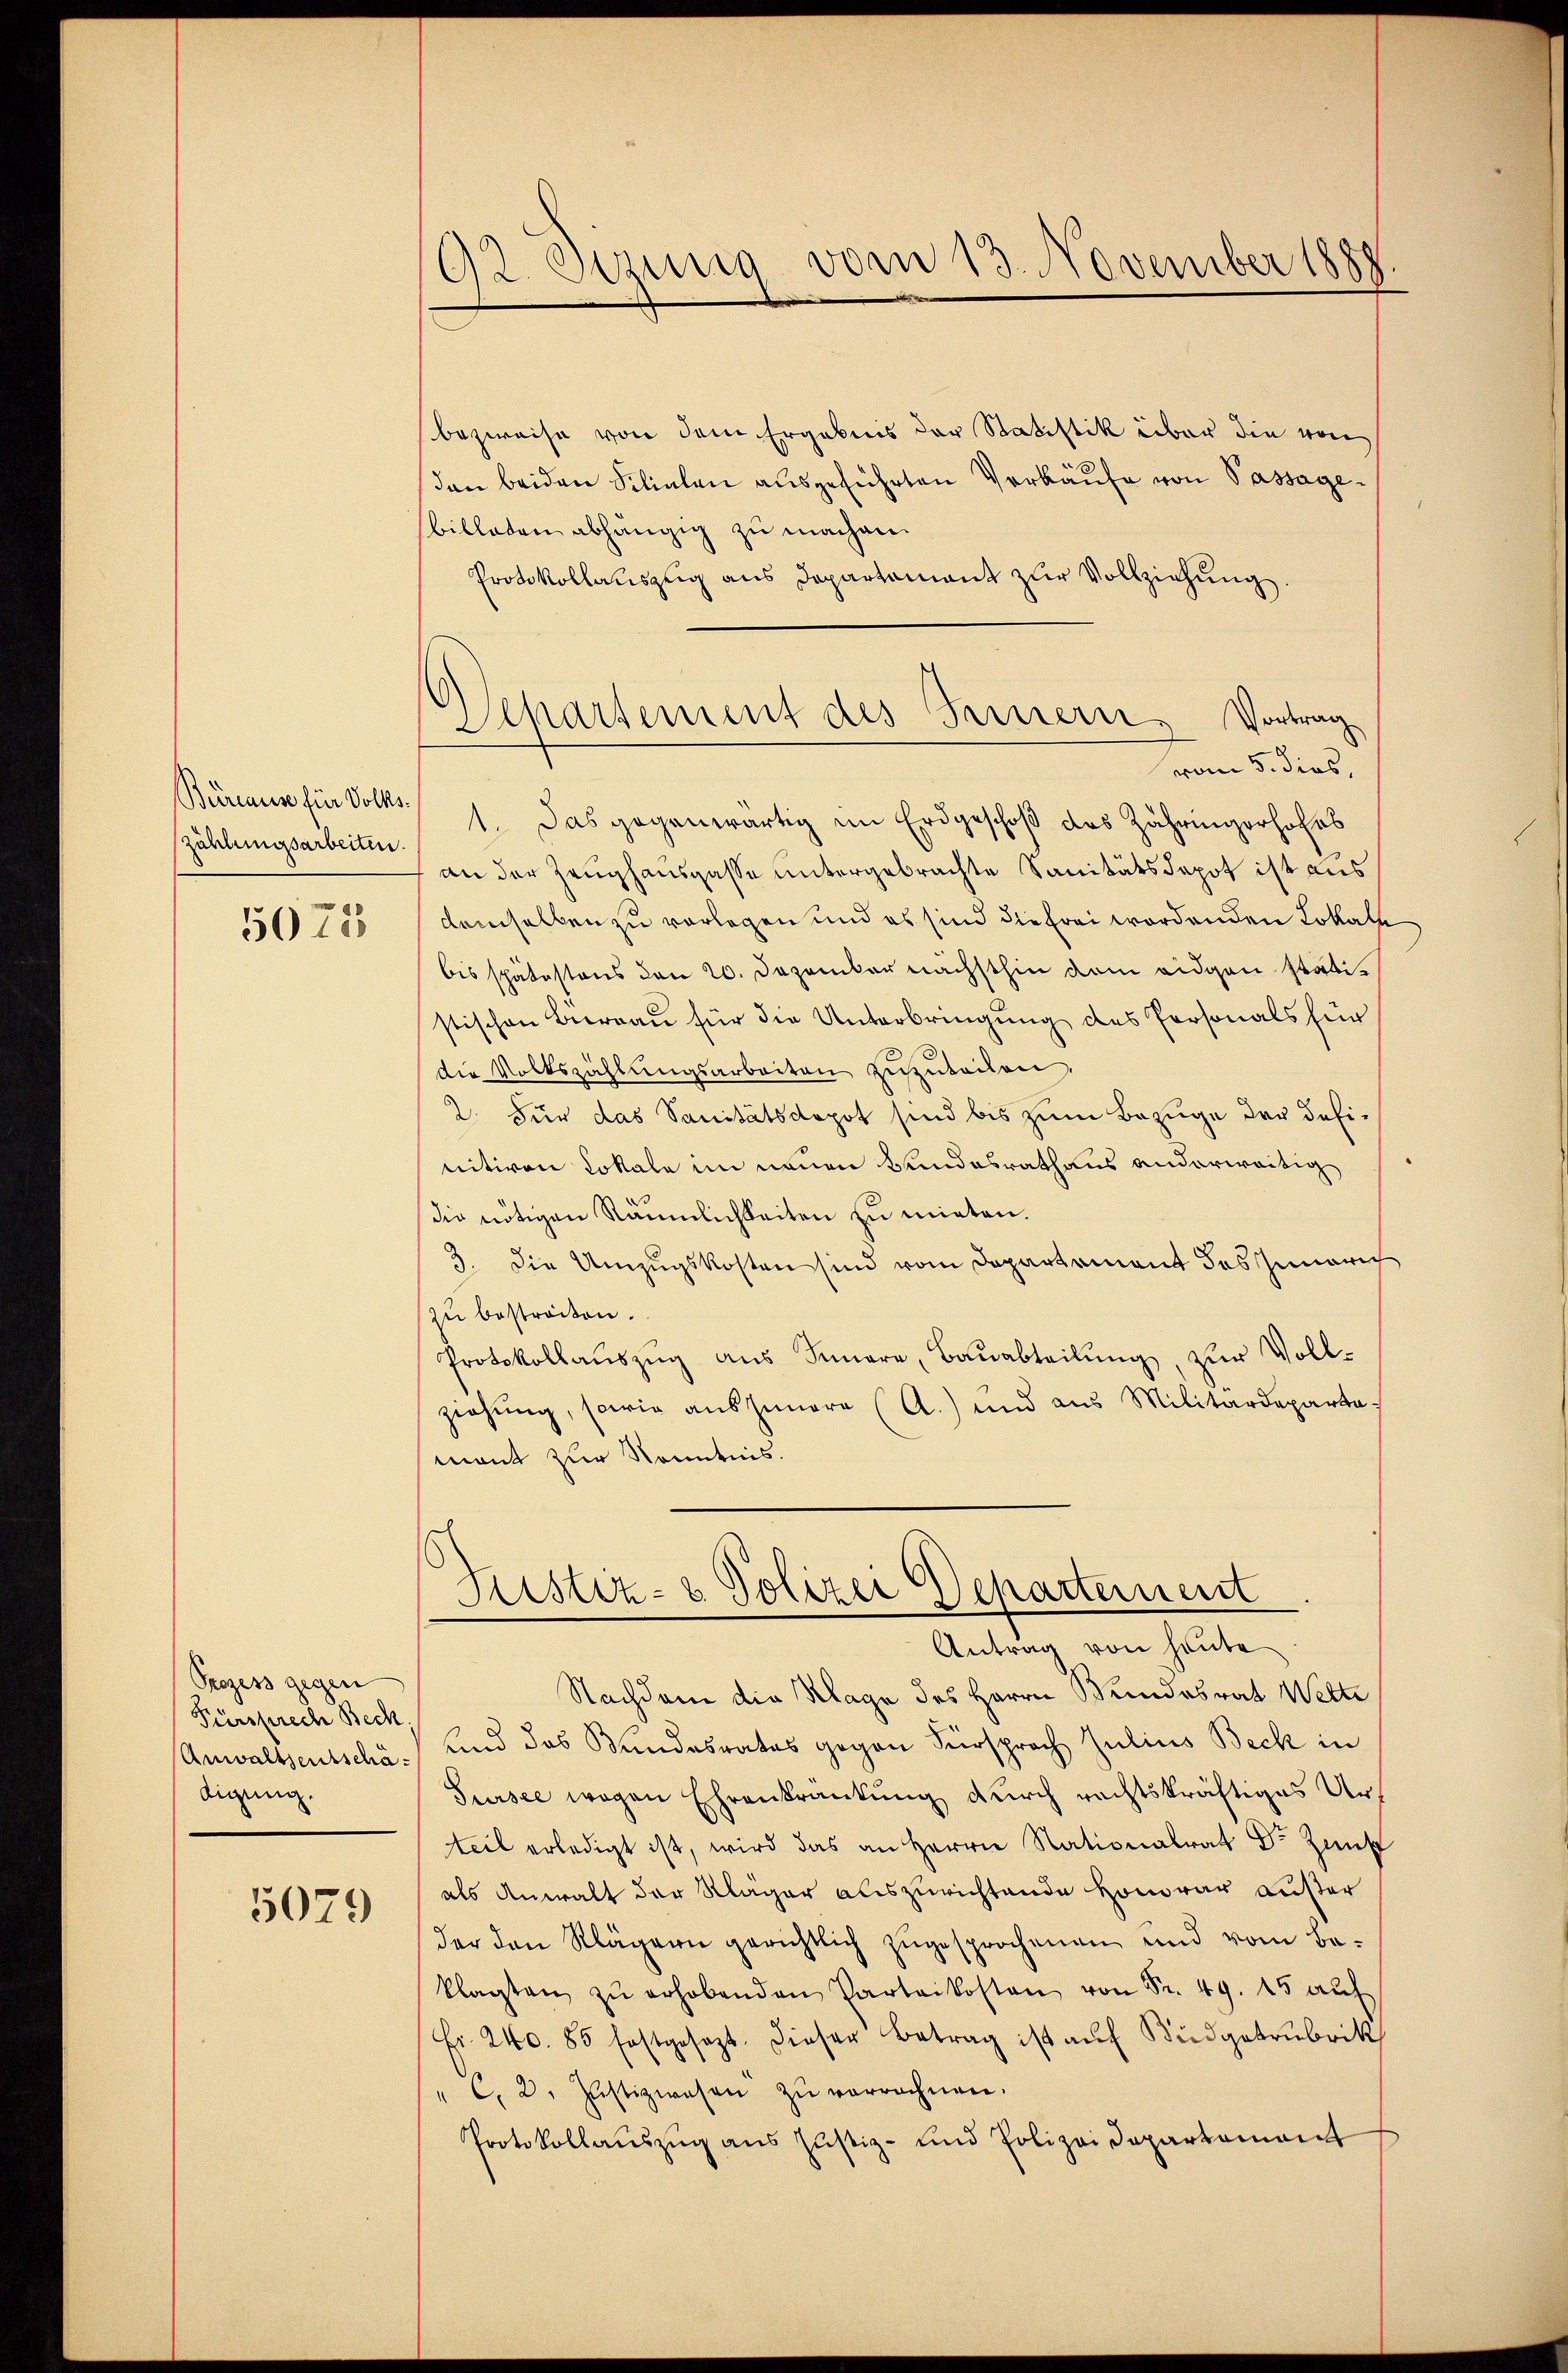
Büreaus für Volks-
zählungsarbeiten.

5071

Prozess gegen
Fürsprech Bech
Anwaltsentschädigung.

5079

92. Szung vom 13. November 1888

bezweise von dem Ergebnis der Statistik über die von
den beiden Silialen ausgeführten Verkäufe von Passage¬
Billeten abhängig zu machen.
Protokollaŭszŭg ans Departement zŭr Vollziehŭng.
vom 5. dies,
1. Das gegenwärtig im Erdgeschoß das Zähringerhofes
an der Zeughauspasse untergebrachte Sanitätsdepot ist aus
demselben zu vorlegen und es sind die frei wordenden Lokale
bis spätestens den 20. Dezember nächsthin dem eidgen statistischen Büreau für die Unterbringung des Personals für
die Volkszählŭngsarbeiten zuzuteilen,
2. Für das Sanitätsdepot sind bis zum Bezuge der definitiven Lokale im neuen Bundesrathaus anderweitig
die nötigen Räumlichkeiten zu mieten.
3. Die Umzugskosten sind vom Departement des Innerich
zu bestreiten.
Protokollaŭszŭg aŭs Innere, Baŭabteilŭng, zur Vollziehung, sowie aus Innere (A.) und aus Militärdeparte
mant zur Kenntnis.
Ristiz- & Polizei Departement
Antrag von heute
Nachdem die Klage des Herrn Stundesrat Wette
Land das Bundesrates gegen Fürsprach Julius Beck in
Sursee wegen Ehrenkrankung durch rechtskräftiges Urteil erledigt ist, wird das an Herrn Nationalrat Dr Zunf
als Anwalt der Kläger auszurichtende Honorar außer
der den Klägern gerichtlich zŭgesprochenen und vom Be-
klagten zŭ erhobenden Parteikosten von Sr. 49. 15 aŭf
Fr. 240. 85 festgesezt. Dieser Betrag ist auf Büdgetrubrik
" C. 2. Justizwesen zŭ verrechnen.
Protokollauszug aus Justiz- und Polizeidepartement

Separtement des Fernern, Vortrag